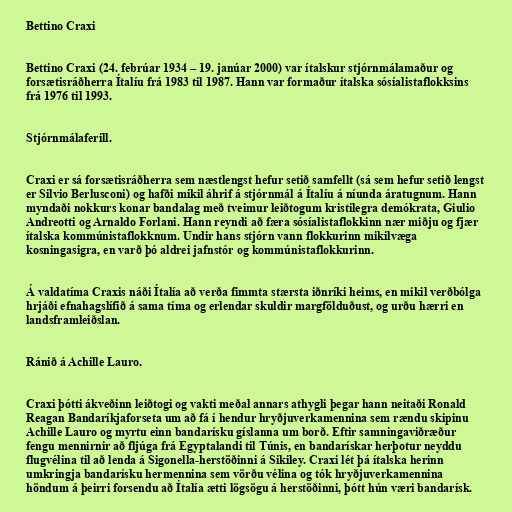
Bettino Craxi

Bettino Craxi (24. febrúar 1934 – 19. janúar 2000) var ítalskur stjórnmálamaður og
forsætisráðherra Ítalíu frá 1983 til 1987. Hann var formaður ítalska sósíalistaflokksins
frá 1976 til 1993.

Stjórnmálaferill.

Craxi er sá forsætisráðherra sem næstlengst hefur setið samfellt (sá sem hefur setið lengst
er Silvio Berlusconi) og hafði mikil áhrif á stjórnmál á Ítalíu á níunda áratugnum. Hann
myndaði nokkurs konar bandalag með tveimur leiðtogum kristilegra demókrata, Giulio
Andreotti og Arnaldo Forlani. Hann reyndi að færa sósíalistaflokkinn nær miðju og fjær
ítalska kommúnistaflokknum. Undir hans stjórn vann flokkurinn mikilvæga
kosningasigra, en varð þó aldrei jafnstór og kommúnistaflokkurinn.

Á valdatíma Craxis náði Ítalía að verða fimmta stærsta iðnríki heims, en mikil verðbólga
hrjáði efnahagslífið á sama tíma og erlendar skuldir margfölduðust, og urðu hærri en
landsframleiðslan.

Ránið á Achille Lauro.

Craxi þótti ákveðinn leiðtogi og vakti meðal annars athygli þegar hann neitaði Ronald
Reagan Bandaríkjaforseta um að fá í hendur hryðjuverkamennina sem rændu skipinu
Achille Lauro og myrtu einn bandarísku gíslanna um borð. Eftir samningaviðræður
fengu mennirnir að fljúga frá Egyptalandi til Túnis, en bandarískar herþotur neyddu
flugvélina til að lenda á Sigonella-herstöðinni á Sikiley. Craxi lét þá ítalska herinn
umkringja bandarísku hermennina sem vörðu vélina og tók hryðjuverkamennina
höndum á þeirri forsendu að Ítalía ætti lögsögu á herstöðinni, þótt hún væri bandarísk.